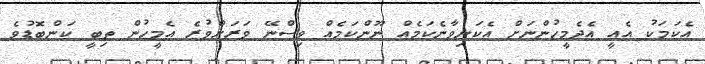
އެކަމަކު އެއީ އެދެމީހުންނަށް އެކަނިވާނެކަމެއް ނޫންކަމެއް ވިސްނޭ ވަރަށްވުރެ އެމީހުން ތިބީ ކަންބޮޑުވެ